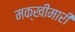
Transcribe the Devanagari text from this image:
मक्खीमारी